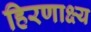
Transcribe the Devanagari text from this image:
हिरणाक्ष्य